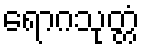
ရောဂသုတ္တံ